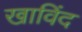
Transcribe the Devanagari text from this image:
खाविंद